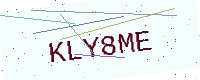
Text: KLY8ME